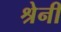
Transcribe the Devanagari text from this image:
श्रेनी